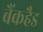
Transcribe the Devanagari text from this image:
बैंकहैड